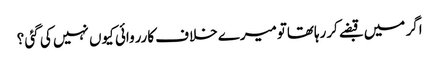
اگر میں قبضے کررہاتھاتومیرے خلاف کارروائی کیوں نہیں کی گئی ؟